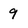
Character: 9